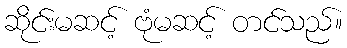
ဆိုင်းမဆင့် ဗုံမဆင့် တင်သည်။